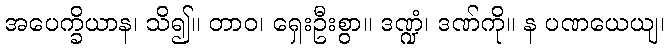
အပေက္ခိယာန၊ သိ၍။ တာဝ၊ ရှေးဦးစွာ။ ဒဏ္ဍံ၊ ဒဏ်ကို။ န ပဏယေယျ၊